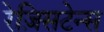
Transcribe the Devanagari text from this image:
रेज़िसटेन्स